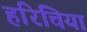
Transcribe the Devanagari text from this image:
हरिचिया